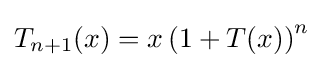
T_{n+1}(x)=x\left(1+T(x)\right)^{n}